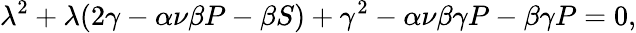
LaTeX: \lambda^{2}+\lambda(2\gamma-\alpha\nu\beta P-\beta S)+\gamma^{2}-\alpha\nu\beta\gamma P-\beta\gamma P=0,